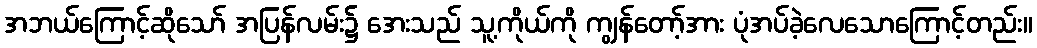
အဘယ်ကြောင့်ဆိုသော် အပြန်လမ်း၌ အေးသည် သူ့ကိုယ်ကို ကျွန်တော့်အား ပုံအပ်ခဲ့လေသောကြောင့်တည်း။